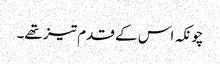
چونکہ اس کے قدم تیز تھے۔